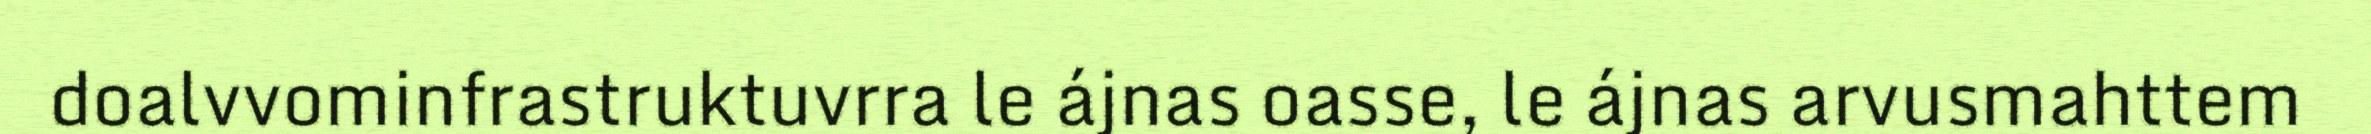
doalvvominfrastruktuvrra le ájnas oasse, le ájnas arvusmahttem